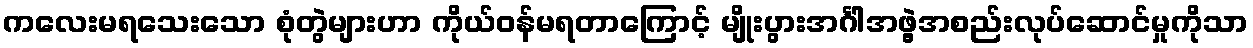
ကလေးမရသေးသော စုံတွဲများဟာ ကိုယ်ဝန်မရတာကြောင့် မျိုးပွားအင်္ဂါအဖွဲ့အစည်းလုပ်ဆောင်မှုကိုသာ